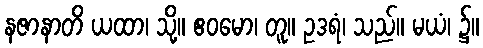
နဇာနာတိ ယထာ၊ သို့။ ဧဝမော၊ တူ။ ဥဒရံ၊ သည်။ မယံ၊ ၌။